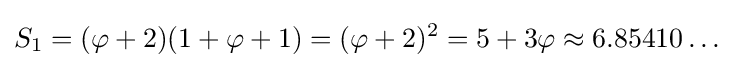
S_{1}=(\varphi +2)(1+\varphi +1)=(\varphi +2)^{2}=5+3\varphi \approx 6.85410\ldots